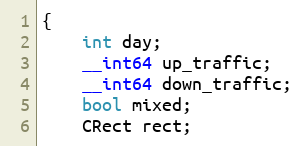
Language: C
{
	int day;
	__int64 up_traffic;
	__int64 down_traffic;
	bool mixed;
	CRect rect;